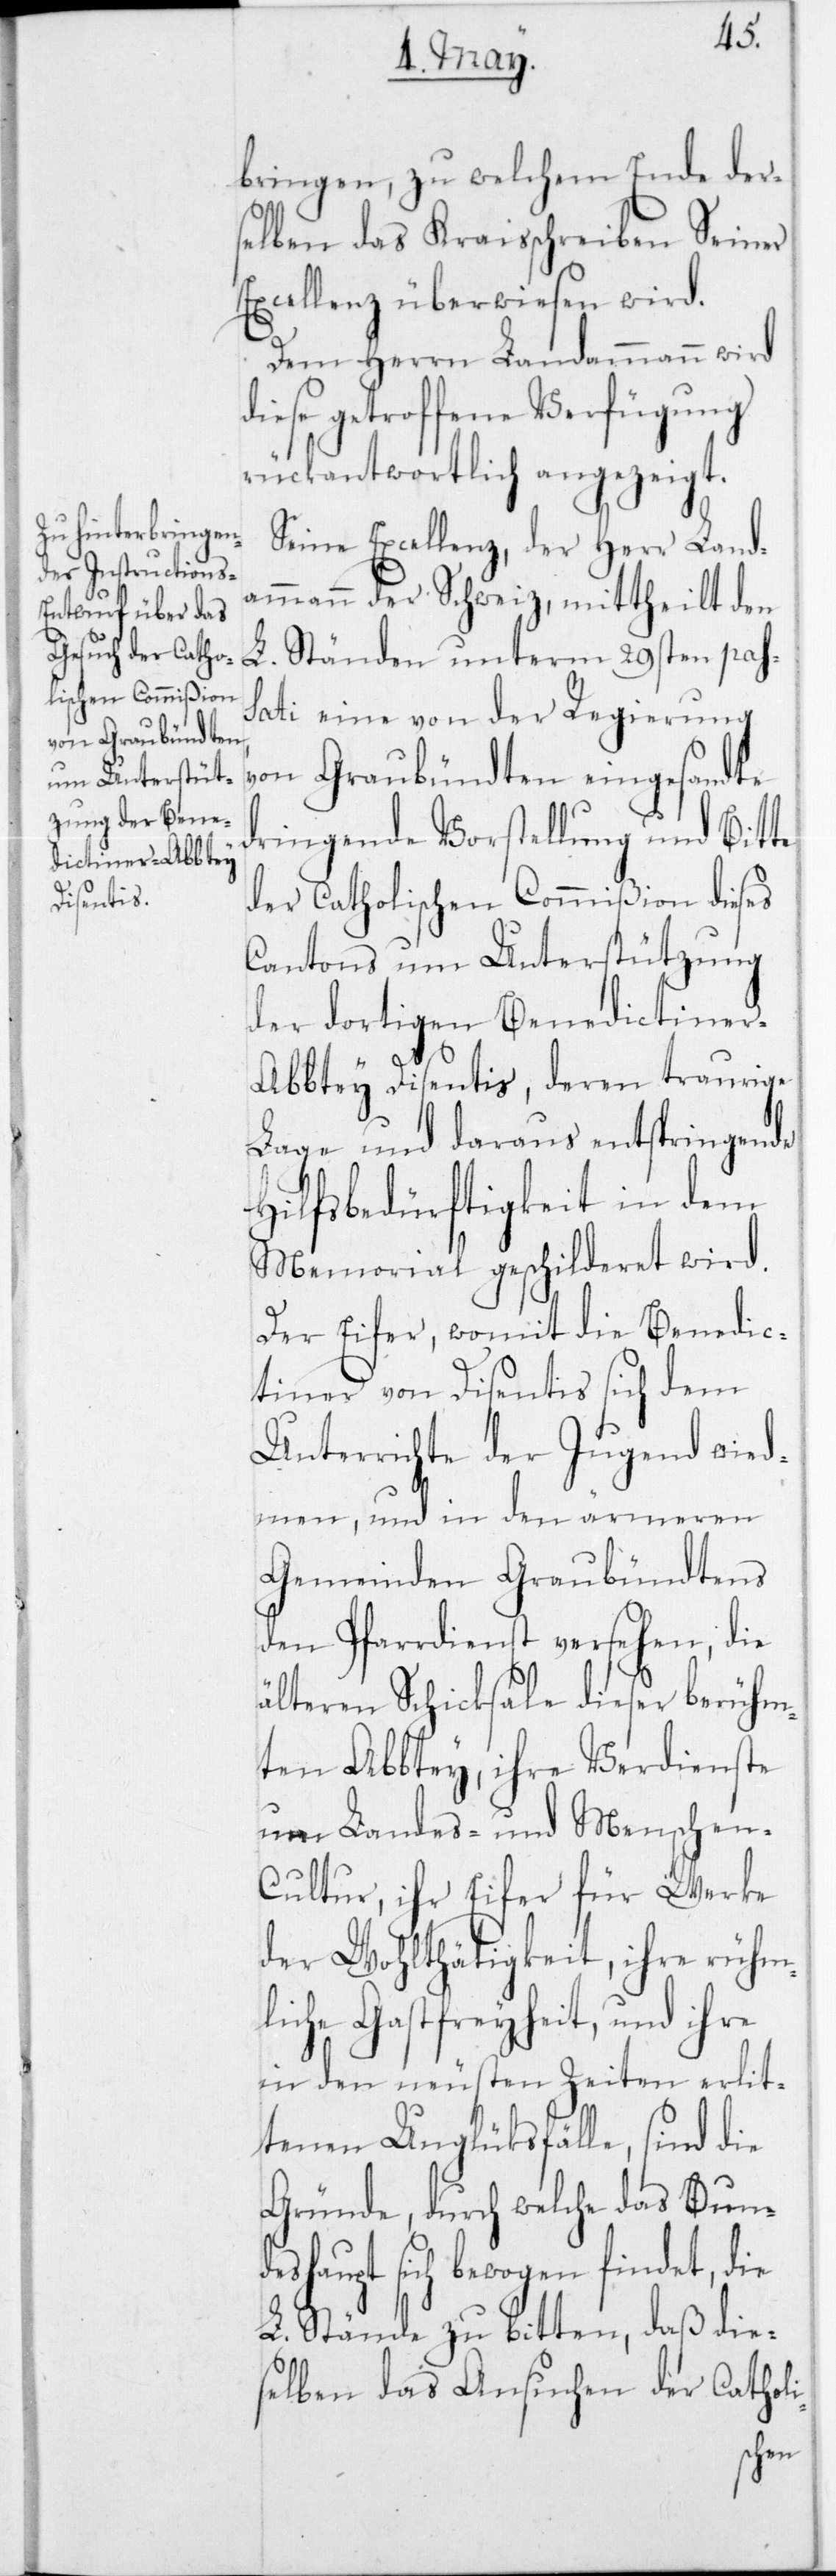
d¬
bringen, zu welchem Ende der¬
selben das Kreisschreiben Seiner
Excellenz überwiesen wird.
Dem Herrn Landammann wird
iese getroffene Verfügung
rückantwortlich angezeigt.
Seine Excellenz, der Herr Land¬
ammann der Schweiz, mittheilt den
L. Ständen unterm 29sten pas¬
sati eine von der Regierung
von Graubündten eingesandte
dringende Vorstellung und Bitte
der Catholischen Commißion dieses
Cantons um Unterstützung
der dortigen Benedictine¬
r-Abbtey Disentis, deren traurige
Lage und daraus entspringende
Hilfsbedürftigkeit in dem
Memorial geschilderet wird.
Der Eifer, womit die Benedic¬
tiner von Disentis sich dem
Unterrichte der Jugend wid¬
men, und in den ärmeren
Gemeinden Graubündtens
den Pfarrdienst versehen, die
älteren Schicksale dieser berühm¬
ten Abbtey, ihre Verdienste
um Landes- und Menschen-C¬
ultur, ihr Eifer für Werke
der Wohlthätigkeit, ihre rühm¬
liche Gastfreyheit, und ihre
in den neusten Zeiten erlit¬
tenen Unglücksfälle, sind die
Gründe, durch welche das Bund¬
eshaupt sich bewogen findet, die
L. Stände zu bitten, daß die¬
selben das Ansuchen der Catholi-